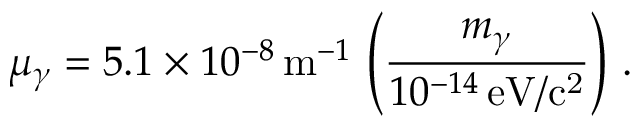
\mu _ { \gamma } = 5 . 1 \times 1 0 ^ { - 8 } \, \mathrm { m } ^ { - 1 } \, \left( \frac { m _ { \gamma } } { 1 0 ^ { - 1 4 } \, \mathrm { e V / c ^ { 2 } } } \right) \, .